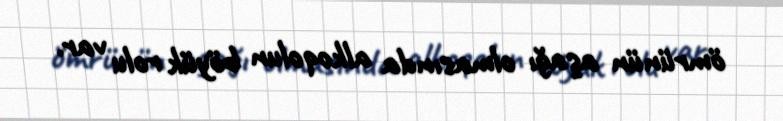
ömrünün aşağı olmasında alkoqolun böyük rolu var.